Annual report of the Punjab Veterinary College and of the Civil Veterinary Department, Punjab - 1909-1919
Year: 1909
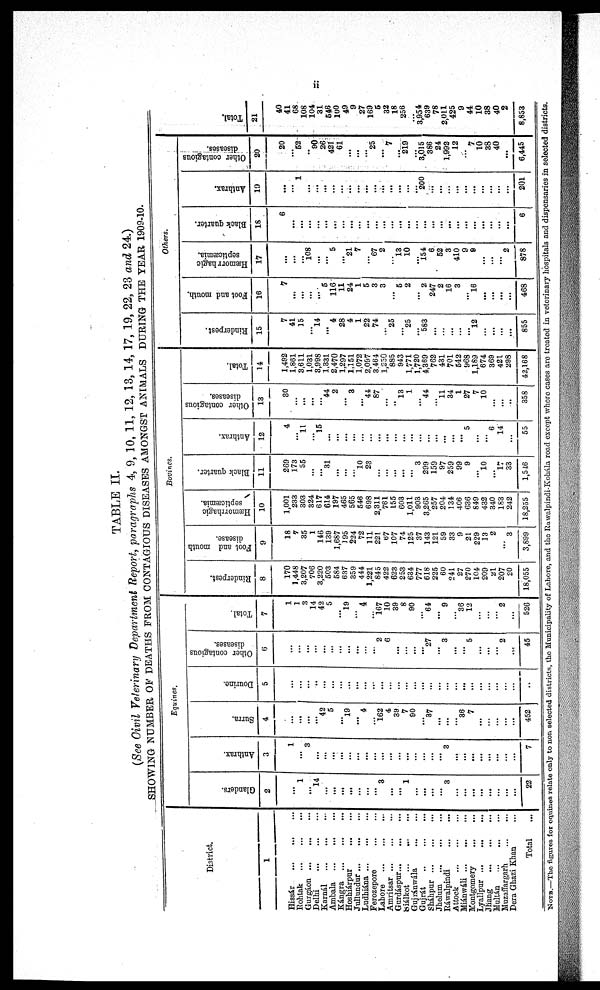
ii
TABLE II.
(See Civil Veterinary Department Report, paragraphs 4, 9, 10, 11, 12, 13, 14, 17, 19, 22, 23 and 24.)
SHOWING NUMBER OF DEATHS FROM CONTAGIOUS DISEASES AMONGST ANIMALS DURING THE YEAR 1909-10.
District.
1
Hissár
…
…
…
Rohtak
…
…
…
Gurgáon … … …
Delhi
…
…
…
Karnál
…
…
…
Ambala
…
…
…
Kángra … … …
Hoshiárpur … … …
Jullundur…
…
…
Ludhiána
…
…
…
Ferozepore … …
Lahore
…
…
…
Amritsar
…
…
…
Gurdáspur … … …
Siálkot
…
…
…
Gujránwála … …
Gujrát
…
…
…
Sháhpur
…
…
…
Jhelum … … …
Rawalpindi … … …
Attock … … …
Miánwáli
…
…
…
Montgomery… …
Lyallpur
…
…
…
Jhang … … …
Multán
…
…
…
Muzaffargarh … …
Dera Ghazi Khan ...
Total ...
Equines.
Glanders.
2
1
...
14
…
…
…
…
…
…
...
3
...
...
1
...
…
...
…
3
...
...
...
...
...
...
...
...
22
Anthrax.
3
1
…
3
…
…
…
…
…
…
…
…
…
…
…
…
…
...
...
…
3
...
...
...
...
...
...
...
...
7
Surra.
4
...
…
…
…
42
5
…
19
…
4
…
162
4
39
7
90
…
37
...
...
...
36
7
...
...
...
...
...
452
Dourine.
5
...
...
…
...
...
…
...
…
...
...
...
...
…
…
…
…
...
...
...
...
...
...
...
...
...
...
…
…
..
Other contagious
diseases.
6
...
...
...
…
…
…
...
…
…
…
2
6
…
…
…
…
27
…
3
…
…
5
…
…
…
2
…
45
Total
7
1
1
3
14
42
5
…
19
…
4
…
167
10
39
8
90
64
…
9
…
36
12
…
…
…
2
...
526
Bovines.
Rinderpest
8
170
1,448
3,207
706
3,220
503
584
637
359
444
1,221
845
422
623
253
634
777
618
225
60
241
27
270
104
209
21
207
20
18,055
Foot and mouth
disease.
9
18
7
35
1
146
139
1,687
195
224
72
111
221
67
107
74
125
37
143
121
59
33
9
21
229
13
2
…
3
3,899
Hæmorrhagic
septicæmia.
10
1,001
233
303
324
617
614
197
465
565
546
698
2,311
761
155
603
1,011
903
3,265
257
204
134
406
636
849
432
340
183
242
18,255
Black quarter.
11
269
173
55
…
...
31
…
…
...
10
23
...
...
...
...
...
3
299
159
97
259
99
9
…
10
...
17
33
1,546
Anthrax.
12
4
…
11
…
15
…
...
…
…
…
…
…
…
…
…
…
…
…
…
…
…
…
5
...
…
6
14
…
55
Other contagious
diseases.
13
30
…
…
…
…
44
2
…
3
…
44
87
…
…
13
1
…
44
…
11
34
1
27
7
10
…
…
..
358
Total.
14
1,492
1,861
3,611
1,031
3,998
1,331
2,470
1,297
1,151
1,072
2,097
3.464
1,230
885
943
1,771
1,720
4,369
762
431
701
542
968
1,189
674
369
421
298
42,168
Others.
Rinderpest.
15
7
41
15
…
14
…
4
28
4
1
22
74
…
25
…
25
…
583
…
…
…
…
…
12
…
…
…
...
855
Foot and mouth.
16
7
...
...
...
...
5
116
11
24
1
5
3
3
...
5
2
...
2
247
2
16
3
...
16
...
...
...
...
468
Hæmorrhagic
septicæmia.
17
…
…
…
108
…
…
5
…
21
7
…
67
2
…
13
10
…
154
6
52
3
410
9
9
…
…
…
2
878
Black quarter.
18
6
…
…
…
…
...
…
…
…
…
…
…
…
…
…
…
…
…
…
…
…
…
…
…
…
…
…
...
6
Anthrax.
19
…
…
1
...
...
...
...
...
...
…
...
…
...
...
…
…
…
200
…
…
…
…
…
…
…
…
…
...
201
Other contagious
diseases.
20
20
…
52
…
90
26
421
61
...
...
...
25
…
7
…
219
…
3,015
386
24
1,992
12
...
7
10
38
40
…
6,445
Tot al .
21
40
41
68
108
104
31
546
100
49
9
27
169
5
32
18
256
...
3,954
639
78
2,011
425
9
44
10
38
40
2
8,853
NOTE.—The figures for equines relate only to non selected districts, the Municipality of Lahore, and the Rawalpindi-Kohála road except where cases arc treated in veterinary hospitals and dispensaries in selected districts.